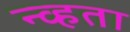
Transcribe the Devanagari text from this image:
न्व्हता